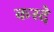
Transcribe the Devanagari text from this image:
कस्दे